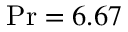
\operatorname* { P r } = 6 . 6 7